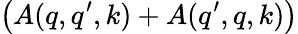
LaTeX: \left(A(q,q^{\prime},k)+A(q^{\prime},q,k)\right)